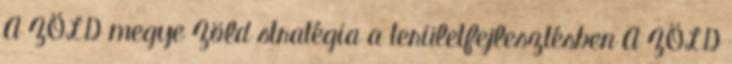
A ZÖLD megye Zöld stratégia a területfejlesztésben A ZÖLD